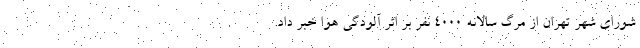
شورای شهر تهران از مرگ سالانه ۴۰۰۰ نفر بر اثر آلودگی هوا خبر داد.